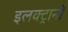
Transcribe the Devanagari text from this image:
इलक्ट्रानों